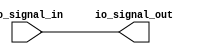
module io_buffer (
    input wire io_signal_in,
    output wire io_signal_out
);

assign io_signal_out = io_signal_in;

endmodule